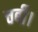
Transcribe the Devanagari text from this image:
चर्बी।